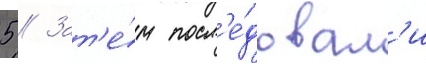
5 // Зат'е́м посл'е́довал'и